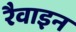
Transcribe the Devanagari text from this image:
रैवाइन